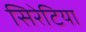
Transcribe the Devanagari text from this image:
सिरेटिया